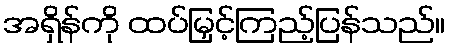
အရှိန်ကို ထပ်မြှင့်ကြည့်ပြန်သည်။